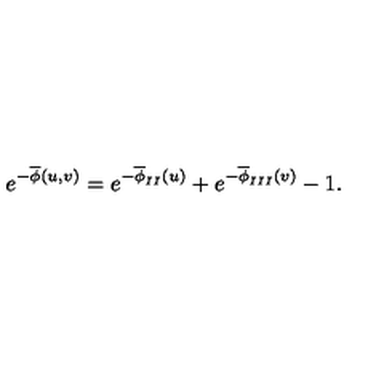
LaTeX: e ^ { - \overline { { \phi } } ( u , v ) } = e ^ { - \overline { { \phi } } _ { I I } ( u ) } + e ^ { - \overline { { \phi } } _ { I I I } ( v ) } - 1 .